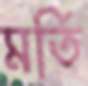
মর্তি